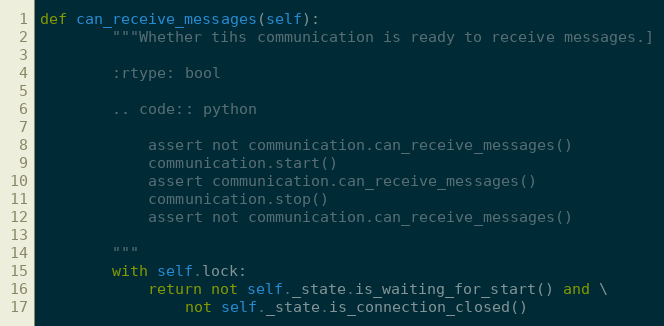
Language: Python
def can_receive_messages(self):
        """Whether tihs communication is ready to receive messages.]

        :rtype: bool

        .. code:: python

            assert not communication.can_receive_messages()
            communication.start()
            assert communication.can_receive_messages()
            communication.stop()
            assert not communication.can_receive_messages()

        """
        with self.lock:
            return not self._state.is_waiting_for_start() and \
                not self._state.is_connection_closed()